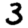
Digit: 3